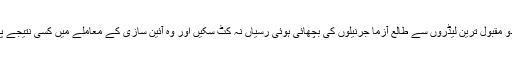
افسوس ملک کے دو مقبول ترین لیڈروں سے طالع آزما جرنیلوں کی بچھائی ہوئی رسیاں نہ کٹ سکیں اور وہ آئین سازی کے معاملے میں کسی نتیجے پر نہیں پہنچ سکے۔